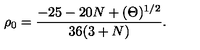
\rho _ { 0 } = \frac { - 2 5 - 2 0 N + ( \Theta ) ^ { 1 / 2 } } { 3 6 ( 3 + N ) } .